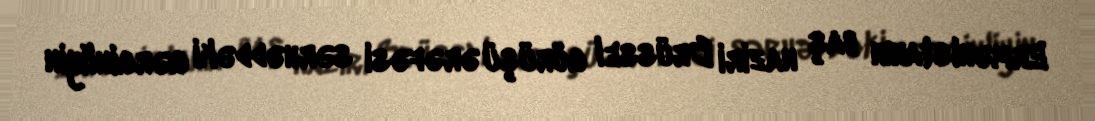
Ermənistanın baş naziri Brüssel görüşü ərəfəsi sərhəddəki gərginliyin